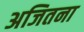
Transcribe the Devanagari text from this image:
अजितना